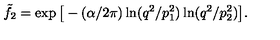
\tilde { f } _ { 2 } = \exp \big [ - ( \alpha / 2 \pi ) \ln ( q ^ { 2 } / p _ { 1 } ^ { 2 } ) \ln ( q ^ { 2 } / p _ { 2 } ^ { 2 } ) \big ] .